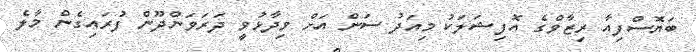
ބަޔޮސްފިއާ ރިޒާވްގެ އޮފިޝަލަކު މިއަދު ސަން އަށް ވިދާޅުވީ ދަރަވަންދޫން ފުރައިގެން މާލެ